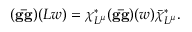
( { \bf g \bar { g } } ) ( L w ) = \chi _ { L ^ { \mu } } ^ { * } ( { \bf g \bar { g } } ) ( w ) \bar { \chi } _ { L ^ { \mu } } ^ { * } .